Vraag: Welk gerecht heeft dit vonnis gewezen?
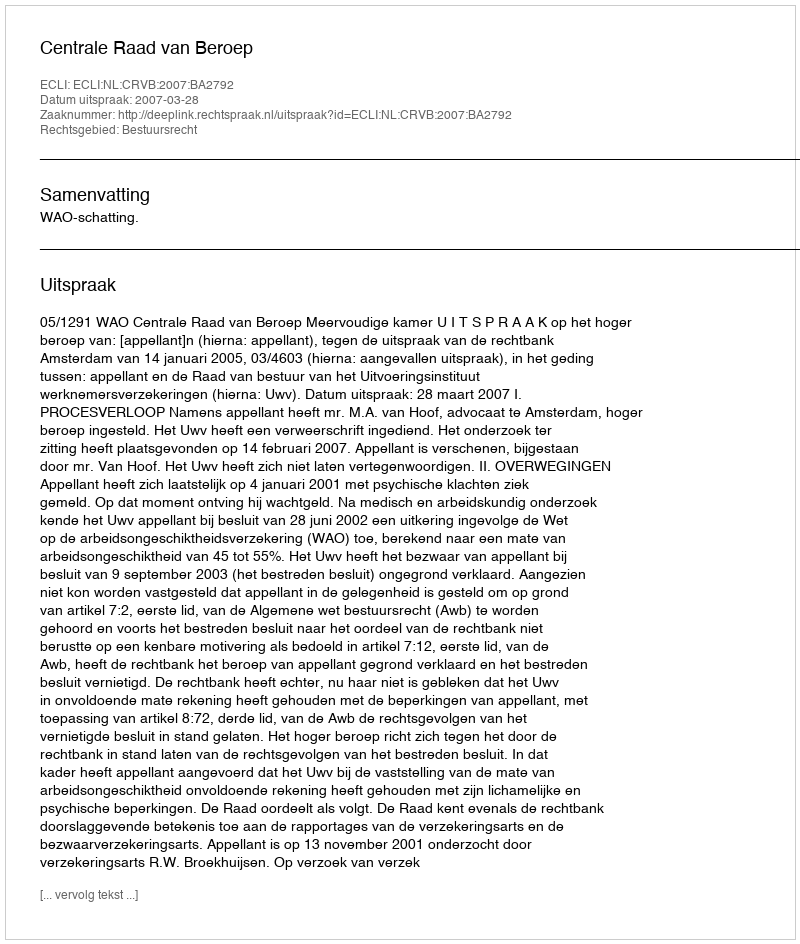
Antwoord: Centrale Raad van Beroep